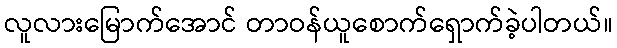
လူလားမြောက်အောင် တာဝန်ယူစောက်ရှောက်ခဲ့ပါတယ်။